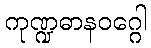
ကုဏ္ဍဓာနဝဂ္ဂေါ